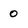
Character: 0